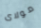
مولاى